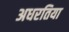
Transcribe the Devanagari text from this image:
अधरतिया